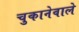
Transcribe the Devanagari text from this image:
चुकानेवाले